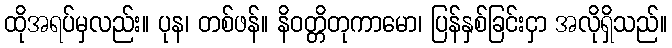
ထိုအရပ်မှလည်း။ ပုန၊ တစ်ဖန်။ နိဝတ္တိတုကာမော၊ ပြန်နှစ်ခြင်းငှာ အလိုရှိသည်။